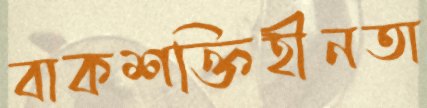
বাকশক্তিহীনতা